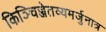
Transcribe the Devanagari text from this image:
किञ्चिज्जेतव्यमर्जुनात्र